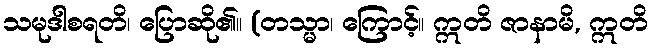
သမုဒါစရတိ၊ ပြောဆို၏။ (တသ္မာ၊ ကြောင့်။ ဣတိ ဇာနာမိ, ဣတိ